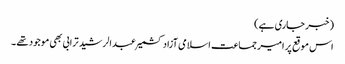
(خبر جاری ہے)
اس موقع پر امیر جماعت اسلامی آزاد کشمیر عبدالرشید ترابی بھی موجود تھے ۔